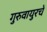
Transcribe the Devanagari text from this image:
गुरुवायुरचे